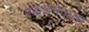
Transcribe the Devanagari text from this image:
पकडनेवाला